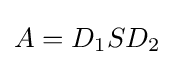
A=D_{1}SD_{2}